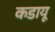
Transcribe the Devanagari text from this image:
कडायू